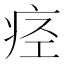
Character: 痉